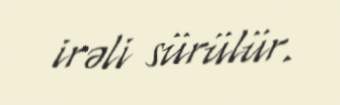
irəli sürülür.